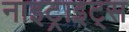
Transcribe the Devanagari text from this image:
नाइट्राइट्स